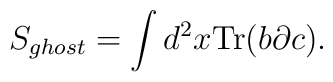
S_{ghost}=\int d^2x\mbox{Tr}(b\partial c).